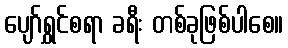
ပျော်ရွှင်စရာ ခရီး တစ်ခုဖြစ်ပါစေ။